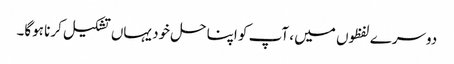
دوسرے لفظوں میں ، آپ کو اپنا حل خود یہاں تشکیل کرنا ہوگا۔